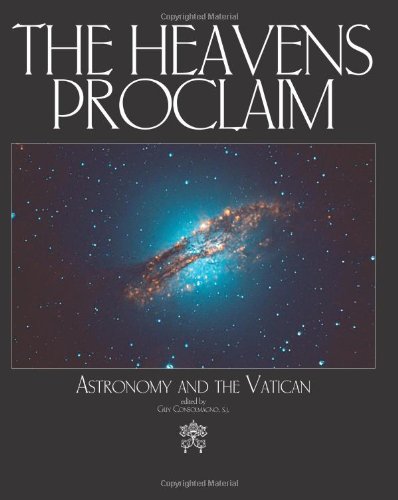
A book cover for The Heavens Proclaim: Astronomy and the Vatican; Vatican Observatory Publications; Christian Books & Bibles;